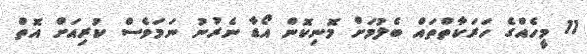
11 މީހެއްގެ ހަރަކާތްތައް ބެލުމަށް މޮނިކޮން އޯޑާ ނެރުނު ނަަމަވެސް ކުރިއަށް އޮތް